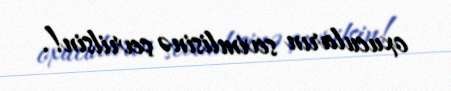
oxucuların sevimlisinə çevrilsin!.